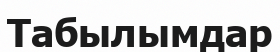
Табылымдар